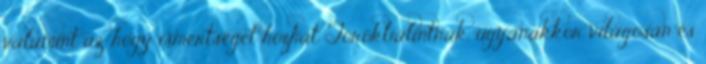
valamint az, hogy ismertséget hozhat Törökbálintnak, ugyanakkor világosan és